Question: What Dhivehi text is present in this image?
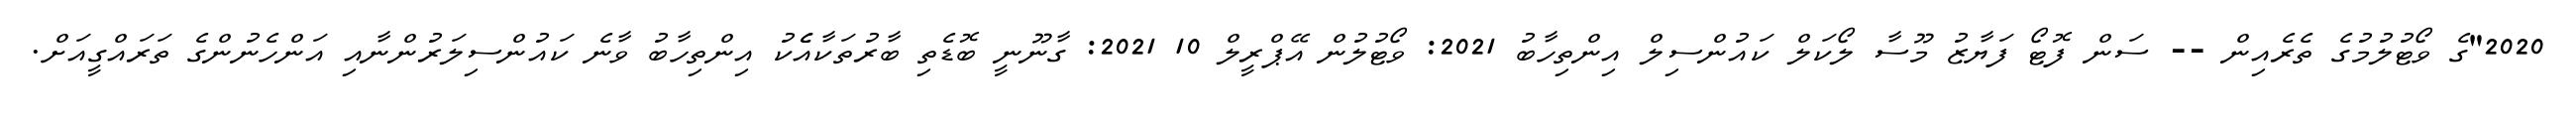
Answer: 2020"ގެ ވޯޓުލުމުގެ ތެރެއިން -- ސަން ފޮޓޯ ފަޔާޒު މޫސާ ލޯކަލް ކައުންސިލް އިންތިހާބު 2021: ވޯޓުލުން އޭޕްރީލް 10 2021: ގާނޫނީ ބޮޑެތި ބާރުތަކާއެެކު އިންތިހާބު ވާނެ ކައުންސިލަރުންނާއި އަންހެނުންގެ ތަރައްގީއަށް.